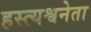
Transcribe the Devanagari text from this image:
हस्त्यश्वनेता